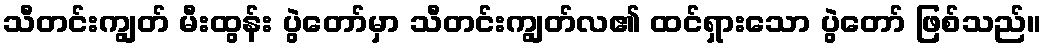
သီတင်းကျွတ် မီးထွန်း ပွဲတော်မှာ သီတင်းကျွတ်လ၏ ထင်ရှားသော ပွဲတော် ဖြစ်သည်။